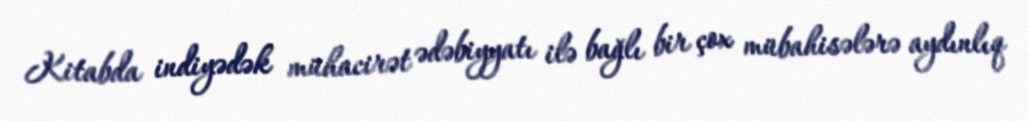
Kitabda indiyədək mühacirət ədəbiyyatı ilə bağlı bir çox mübahisələrə aydınlıq